Lunatic asylums Bombay report 1878-1890 - 1878-1890
Year: 1878
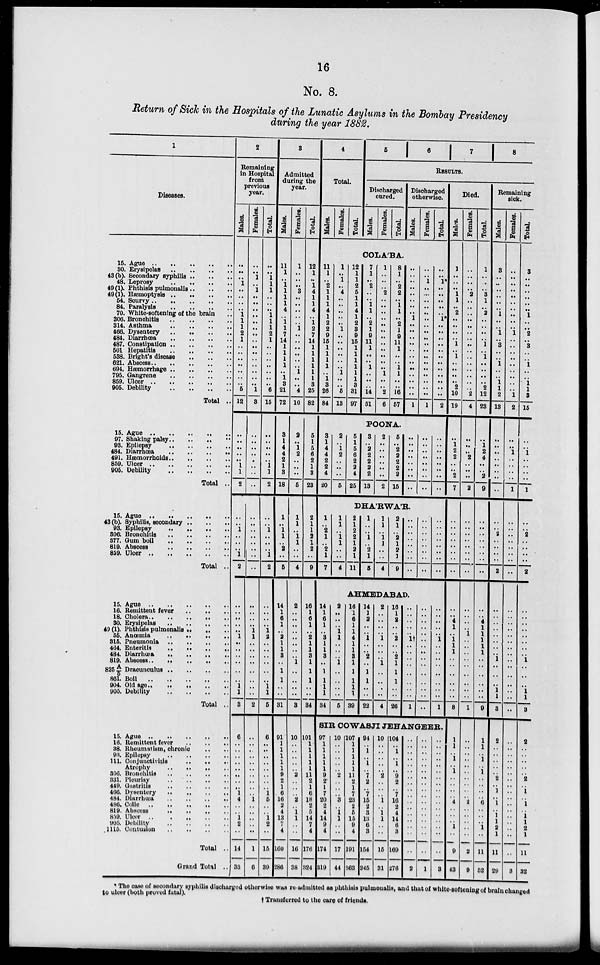
16
No. 8.
Return of Sick in the Hospitals of the Lunatic Asylums in the Bombay Presidency
during the year 1882.
1
Diseases.
15.
30.
43(b).
48.
49(1).
49(1).
54.
84.
70.
306.
314.
466.
484.
487.
501
538.
621.
694.
795.
859.
905.
Ague .. .. .. .. ..
Erysipelas
..
..
..
..
Secondary syphilis
..
..
..
Leprosy .. .. .. ..
Phthisis pulmonalis
..
..
..
Hæmoptysis .. .. .. ..
Scurvy .. .. .. .. ..
Paralysis
..
..
..
..
White-softening of the brain ..
Bronchitis .. .. .. ..
Asthma .. .. .. ..
Dysentery .. .. .. ..
Diarrhœa
..
..
..
..
Constipation .. .. .. ..
Hepatitis .. .. .. ..
Bright's disease .. .. ..
Abscess .. .. .. .. ..
Hæmorrhage .. .. .. ..
Gangrene .. .. .. ..
Ulcer .. .. .. .. ..
Debility
..
..
..
..
Total ..
15.
97.
93.
484.
491.
859.
905.
Ague .. .. .. .. ..
Shaking palsy .. .. .. ..
Epilepsy .. .. .. ..
Diarrhœa .. .. .. ..
Hæmorrhoids .. .. .. ..
Ulcer .. .. .. .. ..
Debility
..
..
..
..
Total ..
15.
43(b).
93.
306.
377.
819.
859.
Ague .. .. .. .. ..
Syphilis,secondary .. .. ..
Epilepsy .. .. .. ..
Bronchitis .. .. .. ..
Gum boil .. .. .. ..
Abscess .. .. .. ..
Ulcer .. .. .. .. ..
Total ..
15.
16.
18
30.
49(1).
55.
315.
464.
484.
819.
825 A/5
861.
904.
905.
Ague .. .. .. .. ..
Remittent fever
..
..
..
Cholera .. .. .. .. ..
Erysipelas
..
..
..
..
Phthisis pulmonalis
..
..
..
Anœmia
..
..
..
..
Pneumonia
..
..
..
..
Enteritis .. .. .. ..
Diarrhœa
..
..
..
..
Abscess .. .. .. .. ..
Dracunculus ..
.. .. ..
Boil .. .. .. .. ..
Old age .. .. .. .. ..
Debility .. .. .. ..
Total ..
15.
16.
38.
93.
111.
306.
331.
449.
466.
484.
486.
819.
859.
905.
1115.
Ague .. .. .. .. ..
Remittent fever
..
..
..
Rheumatism, chronic .. ..
Epilepsy .. .. .. ..
Conjunctivitis
..
..
..
Atrophy
..
..
..
..
Bronchitis .. .. .. ..
Pleurisy .. .. .. ..
Gastritis
..
..
..
..
Dysentery
..
..
..
..
Diarrhœa
..
..
..
..
Colic .. .. .. .. ..
Abscess .. .. .. ..
Ulcer
..
..
..
..
..
Debility
..
..
..
..
Contusion
..
..
..
..
Total ..
Grand Total ..
2
Remaining
in Hospital
from
previous
year.
Males.
..
..
..
1
..
..
..
..
1
1
1
2
1
..
..
..
..
..
..
..
5
12
..
..
..
..
..
1
1
2
..
..
1
..
..
..
1
2
..
..
..
..
..
1
..
..
..
..
..
..
1
1
3
6
..
..
..
..
..
..
..
..
1
4
..
..
1
2
..
14
33
Females.
..
..
1
..
1
..
..
..
..
..
..
..
..
..
..
..
..
..
..
..
1
3
..
..
..
..
..
..
..
..
..
..
..
..
..
..
..
..
..
..
..
..
1
1
..
..
..
..
..
..
..
..
2
..
..
..
..
..
..
..
..
..
..
1
..
..
.. ..
..
1
6
Total.
..
..
1
1
1
..
..
..
1
1
1
2
1
..
..
..
..
..
..
..
6
15
..
..
..
..
..
1
1
2
..
..
1
..
..
..
1
2
..
..
..
..
1
2
..
..
..
..
..
..
1
1
5
6
..
..
..
..
..
..
..
..
1
5
..
..
1
2
..
15
39
3
Admitted
during the
year.
Males.
11
1
..
1
1
1
1
4
..
1
1
7
14
1
1
1
1
..
1
3
21
72
3
1
4
4
2
1
3
18
1
..
1
1
..
2
..
5
14
1
6
1
..
2
1
1
3
..
1
1
..
..
31
91
1
1
1
1
1
9
2
1
6
16
2
4
13
7
4
160
286
Females.
1
..
..
..
3
..
..
..
..
..
1
..
..
..
..
..
..
1
..
..
4
10
2
..
1
2
..
..
..
5
1
1
..
1
1
..
..
4
2
..
..
..
..
..
..
..
..
1
..
..
..
..
3
10
..
..
..
..
..
2
..
..
..
2
..
1
1
..
..
16
38
Total.
12
1
..
1
4
1
1
4
..
1
2
7
14
1
1
1
1
1
1
3
25
82
5
1
5
6
2
1
3
23
2
1
1
2
1
2
..
9
16
1
6
1
..
2
1
1
3
1
1
1
..
..
34
101
1
1
1
1
1
11
2
1
6
18
2
5
14
7
4
176
324
4
Total.
Males.
Females.
Total.
5
6
7
8
RESULTS.
Discharged
cured.
Males.
Females.
Total.
Discharged
otherwise.
Males.
Females.
Total.
COLA'BA.
11
1
..
2
1
1
1
4
1
2
2
9
15
1
1
1
1
..
1
3
26
84
1
..
1
..
4
..
..
..
..
..
1
..
..
..
..
..
..
1
..
..
5
13
12
1
1
2
5
1
1
4
1
2
3
9
15
1
1
1
1
1
1
3
31
97
7
1
..
2
..
..
1
1
..
2
1
9
11
1
..
..
1
..
..
..
14
51
1
..
..
..
2
..
..
..
..
..
..
..
..
..
..
..
..
1
..
..
2
6
8
1
..
2
2
..
1
1
..
2
1
9
11
1
..
..
1
1
..
..
16
57
..
..
..
..
..
..
..
..
1
..
..
..
..
..
..
..
..
..
..
..
..
1
..
..
1
..
..
..
..
..
..
..
..
..
..
..
..
..
..
..
..
..
..
1
..
..
1*
..
..
..
..
..
1*
..
..
..
..
..
..
..
..
..
..
..
..
2
POONA.
3
1
4
4
2
2
4
20
2
..
1
2
..
..
..
5
5
1
5
6
2
2
4
25
3
..
2
2
2
2
2
13
2
..
..
..
..
..
..
2
5
..
2
2
2
2
2
15
..
..
..
..
..
..
..
..
..
..
..
..
..
..
..
..
..
..
..
..
..
..
..
..
DHA'RWA'R.
1
..
2
1
..
2
1
7
1
1
..
1
1
..
..
4
2
1
2
2
1
2
1
11
1
..
..
1
..
2
1
5
1
1
..
1
1
..
..
4
2
1
..
2
1
2
1
9
..
..
..
..
..
..
..
..
..
..
..
..
..
..
..
..
..
..
..
..
..
..
..
..
AHMEDABAD.
14
1
6
1
..
3
1
1
3
..
1
1
1
1
34
2
..
..
..
1
1
..
..
..
1
..
..
..
..
5
16
1
6
1
1
4
1
1
3
..
1
..
1
1
39
14
1
2
..
..
1
..
..
2
..
1
1
..
..
22
2
..
..
..
..
1
..
..
..
1
..
..
..
..
4
16
1
2
..
..
2
..
..
2
1
1
1
..
..
26
..
..
..
..
..
1†
..
..
..
..
..
..
..
..
1
..
..
..
..
..
..
..
..
..
..
..
..
..
..
..
..
..
..
..
..
1
..
..
..
..
..
..
..
..
1
SIR COWASJI JEHANGEER.
97
1
1
1
1
1
9
2
1
7
20
2
4
14
9
4
174
319
10
..
..
..
..
.. 2
..
..
..
3
..
1
1
..
..
17
44
107
1
1
1
1
1
11
2
1
7
23
2
5
15
9
4
191
363
94
..
1
..
1
.. 7
2
..
7
15
2
3
13
6
3
154
245
10
..
..
..
..
.. 2
..
..
..
1
..
1
1
..
..
15
31
104
..
1
..
1
.. 9
2
..
7
16
2
4
14
6
3
169
276
..
..
..
..
..
..
..
..
..
..
..
..
..
..
..
..
..
2
..
..
..
..
..
..
..
..
..
..
..
..
..
..
..
..
..
1
..
..
..
..
..
..
..
..
..
..
..
..
..
..
..
..
..
3
Died.
Males.
1
..
..
..
1
1
..
2
..
..
..
..
1
..
1
..
..
..
..
2
10
19
..
1
2
2
..
..
2
7
..
..
..
..
..
..
..
..
..
..
4
1
..
1
1
1
..
..
..
..
..
..
8
1
1
..
1
..
1
..
..
..
..
4
..
..
.. 1
..
9
43
Females.
..
..
..
..
2
..
..
..
..
..
..
..
..
..
..
..
..
..
..
..
2
4
..
..
..
2
..
..
..
2
..
..
..
..
..
..
..
..
..
..
..
..
1
..
..
..
..
..
..
..
..
..
1
..
..
..
..
..
..
..
..
..
..
2
..
..
.. ..
..
2
9
Total.
1
..
..
..
3
1
..
2
..
..
..
..
1
..
1
..
..
..
..
2
12
23
..
1
2
4
..
..
2
9
..
..
..
..
..
..
..
..
..
..
4
1
1
1
1
1
..
..
..
..
..
..
9
1
1
..
1
..
1
..
..
..
..
6
..
..
.. 1
..
11
52
Remaining
sick.
Males.
3
..
..
..
..
..
..
1
..
..
1
..
3
..
..
1
..
..
1
1
2
13
..
..
..
..
..
..
..
..
..
..
2
..
..
..
..
2
..
..
..
..
..
..
..
..
1
..
..
..
1
1
3
2
..
..
..
..
.. 2
..
1
..
1
..
1
1
2
1
11
29
Females.
..
..
..
..
..
..
..
..
..
..
1
..
..
..
..
..
..
..
..
..
1
2
..
..
1
..
..
..
..
1
..
..
..
..
..
..
..
..
..
..
..
..
..
..
..
..
..
..
..
..
..
..
..
..
..
..
..
..
..
..
..
..
..
..
..
..
.. ..
..
..
3
Total.
3
..
..
..
..
..
..
1
..
..
2
..
3
..
..
1
..
..
1
1
3
15
..
..
1
..
..
..
..
1
..
..
2
..
..
..
..
2
..
..
..
..
..
..
..
..
1
..
..
..
1
1
3
2
..
..
..
..
.. 2
..
1
..
1
..
1
1
2
1
11
32
* The case of secondary syphilis discharged otherwise was re-admitted as phthisis pulmonalis, and that of white-softening of brain changed
to ulcer (both proved fatal).
† Transferred to the care of friends.